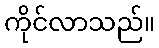
ကိုင်လာသည်။